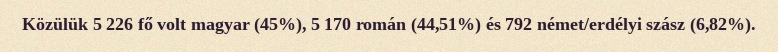
Közülük 5 226 fő volt magyar (45%), 5 170 román (44,51%) és 792 német/erdélyi szász (6,82%).